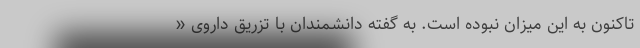
تاکنون به این میزان نبوده است. به گفته دانشمندان با تزریق داروی «